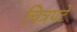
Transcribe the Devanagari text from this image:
चित्रपटे